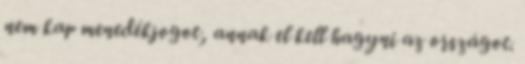
nem kap menedékjogot, annak el kell hagyni az országot.